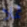
ثملا